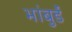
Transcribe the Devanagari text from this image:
भांबुर्डे